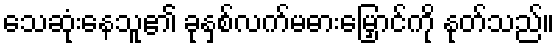
သေဆုံးနေသူ၏ ခုနှစ်လက်မဓားမြှောင်ကို နုတ်သည်။